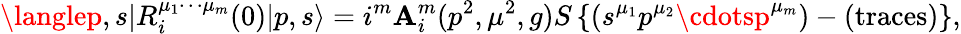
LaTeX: \langlep,s|R_{i}^{\mu_{1}\cdots\mu_{m}}(0)|p,s\rangle=i^{m}\mathbf{A}_{i}^{m}(p^{2},\mu^{2},g)S\left\{ (s^{\mu_{1}}p^{\mu_{2}}\cdotsp^{\mu_{m}})-(\mathrm{{traces}})\right\} ,